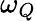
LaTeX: \omega_{Q}